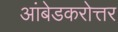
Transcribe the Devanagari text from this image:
आंबेडकरोत्तर